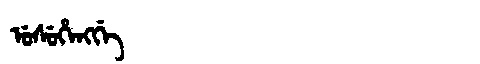
Manchu: ᡠᠰᡠᡥᡝᠩᡤᡝ
Romanization: USUHENGGE